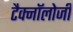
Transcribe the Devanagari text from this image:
टैक्नॉलोजी